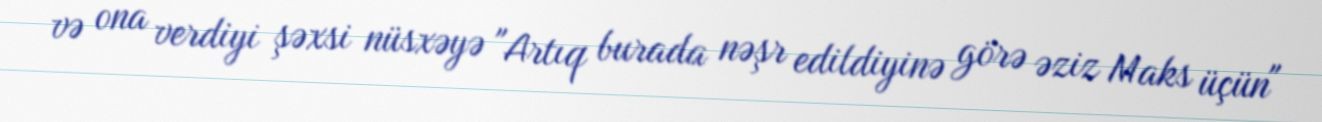
və ona verdiyi şəxsi nüsxəyə "Artıq burada nəşr edildiyinə görə əziz Maks üçün"